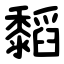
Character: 䵚